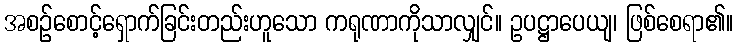
အစဉ်စောင့်ရှောက်ခြင်းတည်းဟူသော ကရုဏာကိုသာလျှင်။ ဥပဋ္ဌာပေယျ၊ ဖြစ်စေရာ၏။